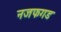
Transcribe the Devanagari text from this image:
नजफगड